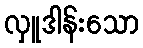
လှူဒါန်းသော